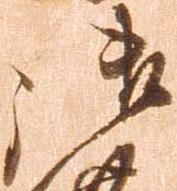
御